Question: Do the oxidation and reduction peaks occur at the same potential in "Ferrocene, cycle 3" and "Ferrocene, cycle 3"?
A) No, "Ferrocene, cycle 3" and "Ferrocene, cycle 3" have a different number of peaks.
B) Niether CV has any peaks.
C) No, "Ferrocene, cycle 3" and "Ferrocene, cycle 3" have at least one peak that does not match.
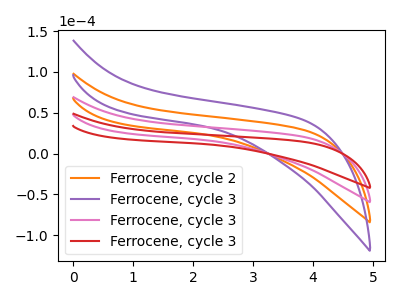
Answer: <think>The orange curve "Ferrocene, cycle 2" has no peaks. The purple curve "Ferrocene, cycle 3" has no peaks. The pink curve "Ferrocene, cycle 3" has no peaks. The red curve "Ferrocene, cycle 3" has no peaks.</think>
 <answer>B) Niether CV has any peaks.</answer>
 <eval>B</eval>